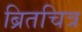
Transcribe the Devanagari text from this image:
ब्रितचित्र